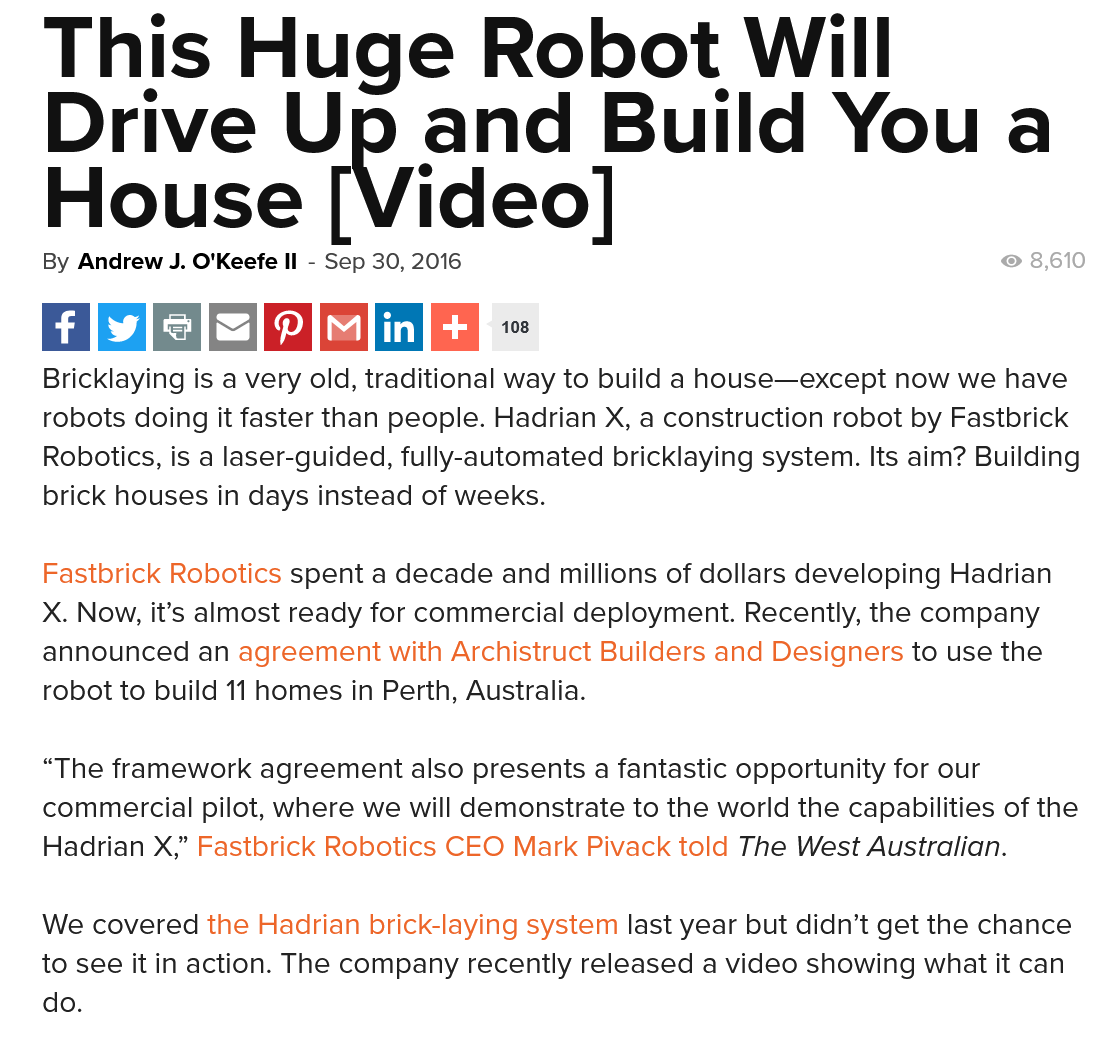
This    Huge    Robot    Will
    Drive
     “pand
     Build    You    a
    House    [Video]
     8,610 By Andrew J. O'Keefe Il
     - Sep 30, 2016
     «    La)    108
    Bricklaying is a very old, traditional way to build a house—except now we have
    robots doing it faster than people. Hadrian X, a construction robot by Fastbrick
    Robotics, is a laser-guided, fully-automated bricklaying system. Its aim? Building
    brick houses in days instead of weeks.
    Fastbrick Robotics spent a decade and millions of dollars developing Hadrian
    X. Now, it’s almost ready for commercial deployment. Recently, the company
    announced  an agreement with Archistruct Builders and Designers to use the
    robot to build 11 homes in Perth, Australia.
    “The framework agreement also presents a fantastic opportunity for our
    commercial pilot, where we will demonstrate to the world the capabilities of the
    Hadrian X,” Fastbrick Robotics CEO Mark Pivack told The West Australian.
    We covered the Hadrian brick-laying system last year but didn’t get the chance
   to see it in action. The company recently released a video showing what it can
    do.